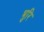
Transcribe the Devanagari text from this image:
भुरि